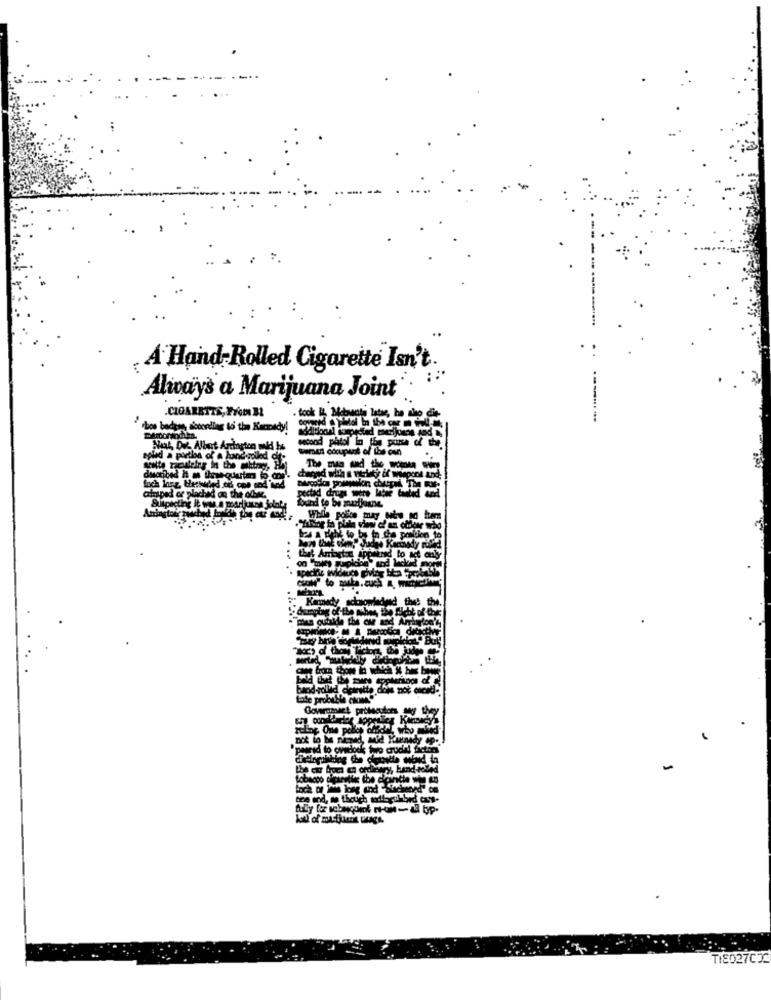
A Hand- Rolled Cigarette Isn't
Always a Marijuana Joint
.CIGARETTS, From BL
. took it, Mabuscia latie, ha tho die-
boo badges sicoondig to the Kaccady!
second phtol lo the pure of
wemust cocupant of this con
tla of a hand-spiled
The man and the women
fuch long, theshaded to con end mod
aimped or plachad on the ofbone.
Amington
Suspecting Jt ww.a marijuana jointy
Bound to be mustkunne
While police may
Kat of ma
TIS027CJE